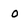
Character: O